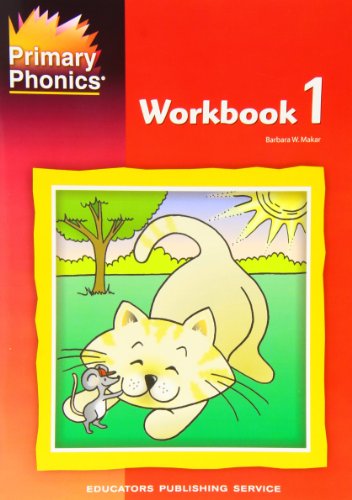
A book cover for Primary Phonics: Workbook 1; Barbara W. Makar; Reference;